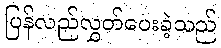
ပြန်လည်လွှတ်ပေးခဲ့သည်